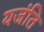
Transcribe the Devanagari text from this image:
यजंति